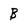
Character: B